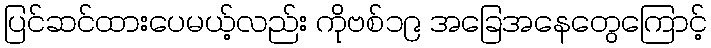
ပြင်ဆင်ထားပေမယ့်လည်း ကိုဗစ်၁၉ အခြေအနေတွေကြောင့်